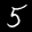
Label: 5